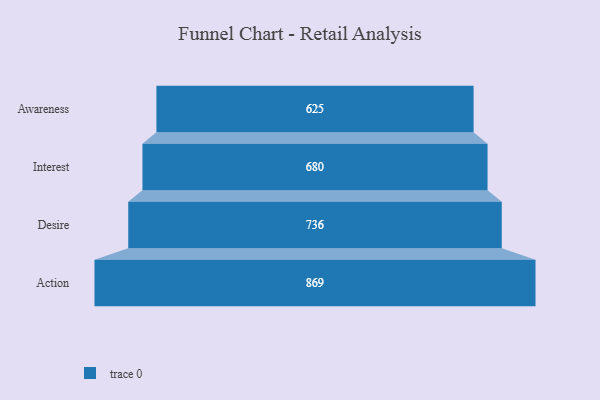
{"axis": {"x": "Stage", "y": "Value"}, "legend": [""], "data": [{"x": "Awareness", "y": 625.0, "type": ""}, {"x": "Interest", "y": 680.0, "type": ""}, {"x": "Desire", "y": 736.0, "type": ""}, {"x": "Action", "y": 869.0, "type": ""}]}